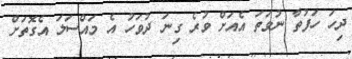
ދިހަ ހަފުތާ ނުވަތަ އެއަށް ވުރެ ގިނަ ދުވަހު އެ މައްސަލަ އެގޮތަށް